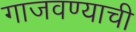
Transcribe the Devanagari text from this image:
गाजवण्याची